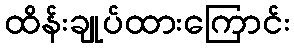
ထိန်းချုပ်ထားကြောင်း